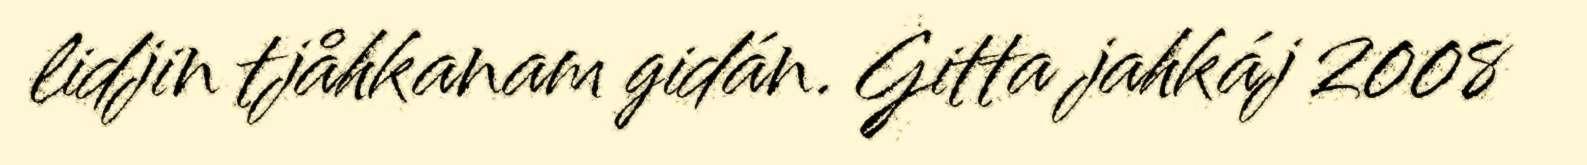
lidjin tjåhkanam gidán. Gitta jahkáj 2008